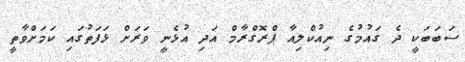
ސަބަބަކީ ދެ ގައުމުގެ ނިއުކްލިއާ ޕްރޮގްރާމް އަދި އުޅެނީ ވަރަށް ޅަފަތުގައި ކަމަށްވާތީ